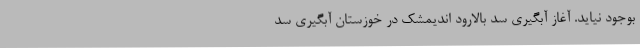
بوجود نیاید. آغاز آبگیری سد بالارود اندیمشک در خوزستان آبگیری سد